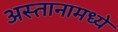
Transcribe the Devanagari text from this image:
अस्तानामध्ये